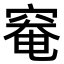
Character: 𥦩